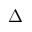
\Delta